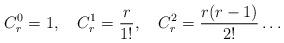
LaTeX: \begin{align*}C^{0}_{r}=1,\quad{}C^{1}_{r}=\frac{r}{1!},\quad{}C^{2}_{r}=\frac{r(r-1)}{2!}\dots\end{align*}